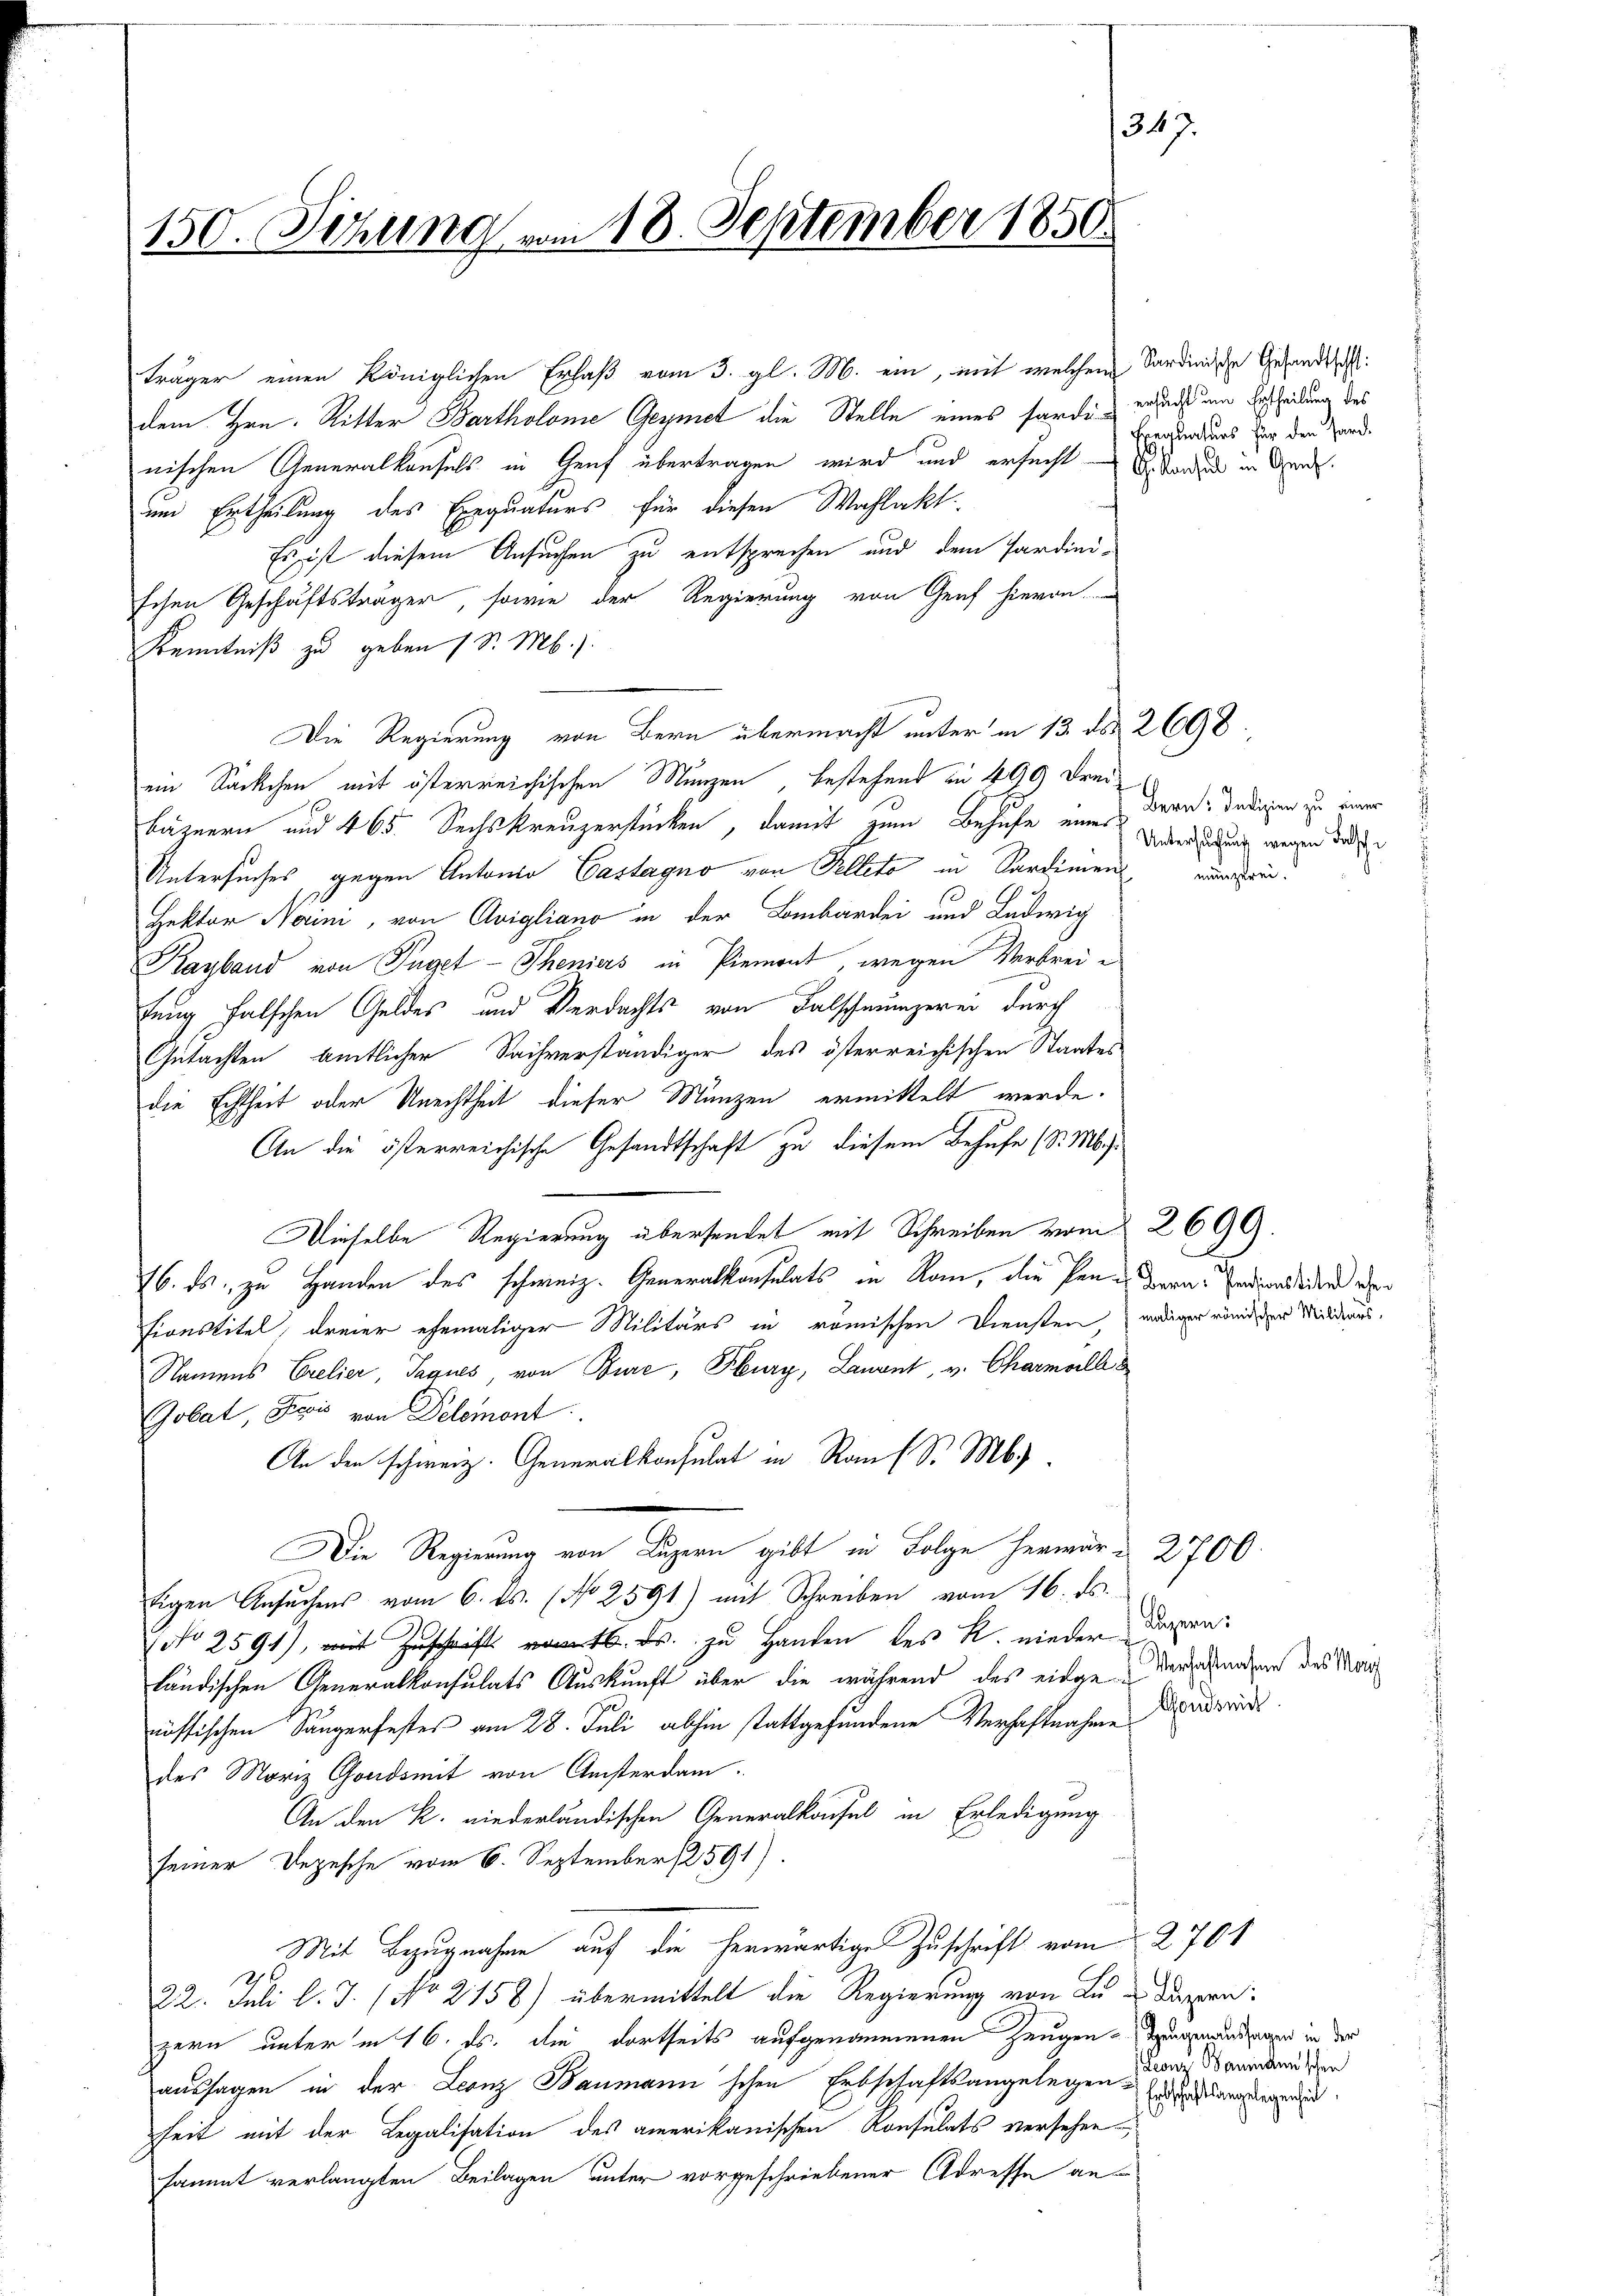
34
150. Setzung vom 18. September 1850.

dem Hrn. Ritter Bartholome Gegnet die Stelle eines fürde erleist am Erscheidung des
nischen Generalkonsuls in Genf übertragen wird und ersucht anden in Gen
um Ertheilung des Exequaturs für diesen Wahlakt.
Es ist diesem Ansuchen zu entsprechen und dem Pardinischen Geschäftsträger, sowie der Regierung von Genf hievon
Kenntniß zu geben (S. M.
Die Regierung von Bern übermacht unter in 13. ds 2698.
ein Sackchen mit österreichischen Münzen bestehend in 400 Drei¬
Bähnern und 465. Sechskreuzerstücken, damit zum Behufe eine Verdindung wegen der
Untersuches, gegen Antonio Castagno von Felleto in Sardinien¬
Hektor Naini, von Avigliano in der Leibartei und Ludwig
Kayband von Tuget-Theniers in Piemont, wegen Verbreitung falschen Geldes und Verdachts von Falschmunzerei durch
Gutachten amtlicher Sachverständiger des österreichischen Staates
die Echtheit oder Unechtheit dieser Münzen ermittelt werde.
An die österreichische Gesandtschaft zu diesem Behufe (S. M.
Dieselbe Regierung übersendet mit Schreiben vom 2699.
16. ds. zu Handen des schweiz. Generalkonsulats in Nom, die Pendern andendeder eben
tionstitel, dreier ehemaliger Militärs in römischen Diensten, rediger wider Milders.
Namens Crelier, Tagues, von Bure, Fburg, Laurnt, v. Charmall
Gobat, Sei von Delemont
An den schweiz. Generalkonsulat in Rauf S. M.
Die Regierung von Luzern gibt in Folge hermer & 2700.
tigen Ansuchens vom 6. ds. (No 2591) mit Schreiben vom 16. ds.
No 2591), mit Zuschrift. Fr. zu Handen des R. nieder
ländischen Generalkonsulats Auskunft über die während des eidge derschehen des Marnössischen Sängerfestes am 28. Juli abhin stattgefundene Verhaftnahme
des Moriz Gondsmit von Ansterdam.
An den R. niederländischen Generalkonfel in Erledigung
seiner Depesche vom 6. September 12591).
Mit Bezugnahme auf die herwärtige Zuschrift vom 2701
22. Juli l. J. (No. 2158) übermittelt die Regierung von Luduppen:
zern unter in 16. ds. die dortheils aufgenommenen Zeugen-Tagmanshagen in der
aussagen in der Leonz Baumann'schen Erbschaftsangelegen angen.
heit mit der Legalisation des amerikanischen Konsulats versehensammt verlangten Beilagen unter vorgeschriebener Adresse an¬

träger einen Königlichen Erlaß vom 3. gl. M. ein, mit welchem Sardinische Gesandtschl

Frequaturs für den Hard¬

Bern: Indizien zu einer
münzerei.

Luzern:
Gondsmit

Leonz Bamiden schen